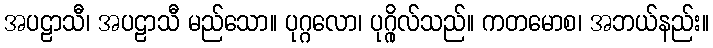
အပဠာသီ၊ အပဠာသီ မည်သော။ ပုဂ္ဂလော၊ ပုဂ္ဂိုလ်သည်။ ကတမောစ၊ အဘယ်နည်း။